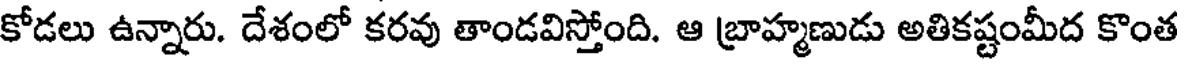
కోడలు ఉన్నారు. దేశంలో కరవు తాండవిస్తోంది. ఆ బ్రాహ్మణుడు అతికష్టంమీద కొంత